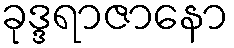
ခုဒ္ဒရာဇာနော